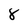
Character: 8